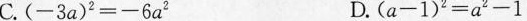
C.(-3a)^{2}=-6a^{2} D.(a-1)^{2}=a^{2}-1